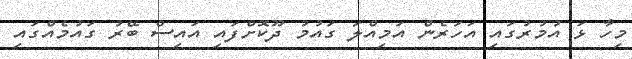
މިހާ ޅަ އުމުރުގައި އަހަރެން އަމިއްލަ ގައުމު ދޫކޮށްފައި އައިސް ބޭރު ގައުމެއްގައި